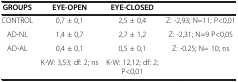
<table><thead><tr><td><b>GROUPS</b></td><td><b>EYE-OPEN</b></td><td><b>EYE-CLOSED</b></td><td><b> </b></td></tr></thead><tbody><tr><td>CONTROL</td><td>0,7 ± 0,1</td><td>2,5 ± 0,4</td><td>Z: -2,93; N=11; P&lt;0,01</td></tr><tr><td>AD-NL</td><td>1,4 ± 0,7</td><td>2,7 ± 1,2</td><td>Z: -2,31; N=9 P&lt;0,05</td></tr><tr><td>AD-AL</td><td>0,4 ± 0,1</td><td>0,5 ± 0,1</td><td>Z: -0.25; N= 10; ns</td></tr><tr><td> </td><td>K-W: 3,53; df: 2; ns</td><td>K-W: 12,12; df: 2; P&lt;0,01</td><td> </td></tr></tbody></table>